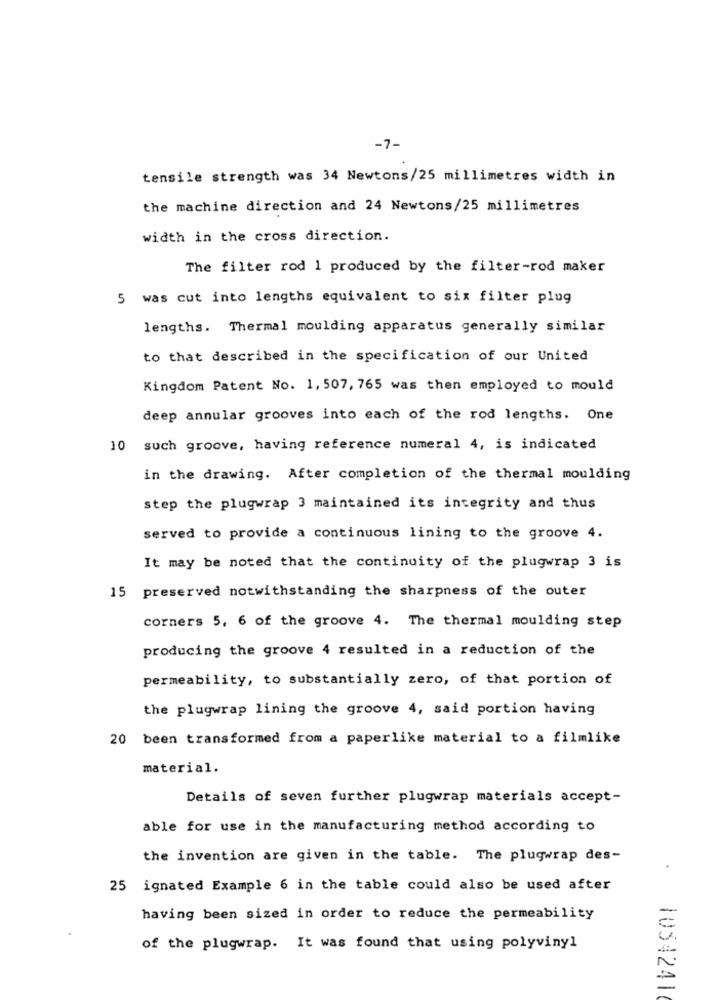
-7-
tensile strength was 34 Newtons/25 millimetres width in
the machine direction and 24 Newtons/25 millimetres
width in the cross direction.
The filter rod 1 produced by the filter-rod maker
5 was cut into lengths equivalent to six filter plug
lengths. Thermal moulding apparatus generally similar
to that described in the specification of our United
Kingdom Patent No. 1, 507, 765 was then employed to mould
deep annular grooves into each of the rod lengths. One
10 such groove, having reference numeral 4, is indicated
in the drawing. After completion of the thermal moulding
step the plugwrap 3 maintained its integrity and thus
served to provide a continuous lining to the groove 4.
It may be noted that the continuity of the plugwrap 3 is
15 preserved notwithstanding the sharpness of the outer
corners 5, 6 of the groove 4. The thermal moulding step
producing the groove 4 resulted in a reduction of the
permeability, to substantially zero, of that portion of
the plugwrap lining the groove 4, said portion having
20 been transformed from a paperlike material to a filmlike
material.
Details of seven further plugwrap materials accept-
able for use in the manufacturing method according to
the invention are given in the table. The plugwrap des-
25 ignated Example 6 in the table could also be used after
having been sized in order to reduce the permeability
of the plugwrap. It was found that using polyvinyl
1034241